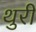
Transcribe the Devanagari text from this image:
थुरी